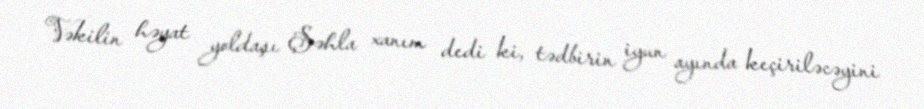
Vəkilin həyat yoldaşı Şəhla xanım dedi ki, tədbirin iyun ayında keçiriləcəyini